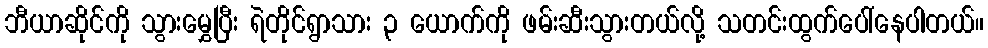
ဘီယာဆိုင်ကို သွားမွှေပြီး ရဲတိုင်ရွာသား ၃ ယောက်ကို ဖမ်းဆီးသွားတယ်လို့ သတင်းထွက်ပေါ်နေပါတယ်။